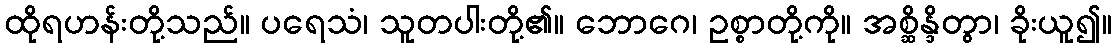
ထိုရဟန်းတို့သည်။ ပရေသံ၊ သူတပါးတို့၏။ ဘောဂေ၊ ဥစ္စာတို့ကို။ အစ္ဆိန္ဒိတွာ၊ ခိုးယူ၍။